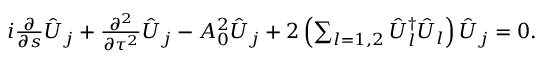
\begin{array} { r } { i \frac { \partial } { \partial s } \hat { { \cal U } } _ { j } + \frac { \partial ^ { 2 } } { \partial \tau ^ { 2 } } \hat { { \cal U } } _ { j } - A _ { 0 } ^ { 2 } \hat { { \cal U } } _ { j } + 2 \left( \sum _ { l = 1 , 2 } \hat { { \cal U } } _ { l } ^ { \dag } \hat { { \cal U } } _ { l } \right) \hat { { \cal U } } _ { j } = 0 . } \end{array}